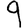
Digit: 9